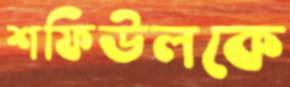
শফিউলকে